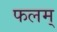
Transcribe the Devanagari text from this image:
फलम्